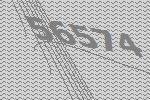
56574